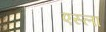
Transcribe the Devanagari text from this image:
एस्ला